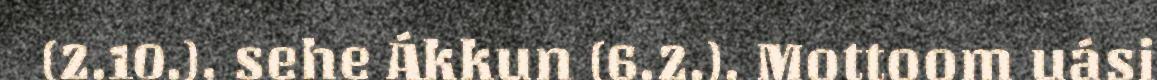
(2.10.), sehe Ákkun (6.2.). Mottoom uási